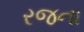
રજના